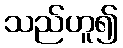
သည်ဟူ၍